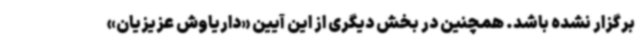
برگزار نشده باشد. همچنین در بخش دیگری از این آیین «داریاوش عزیزیان»